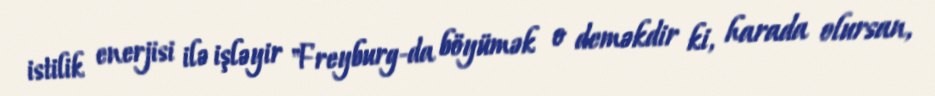
istilik enerjisi ilə işləyir "Freyburg-da böyümək o deməkdir ki, harada olursan,